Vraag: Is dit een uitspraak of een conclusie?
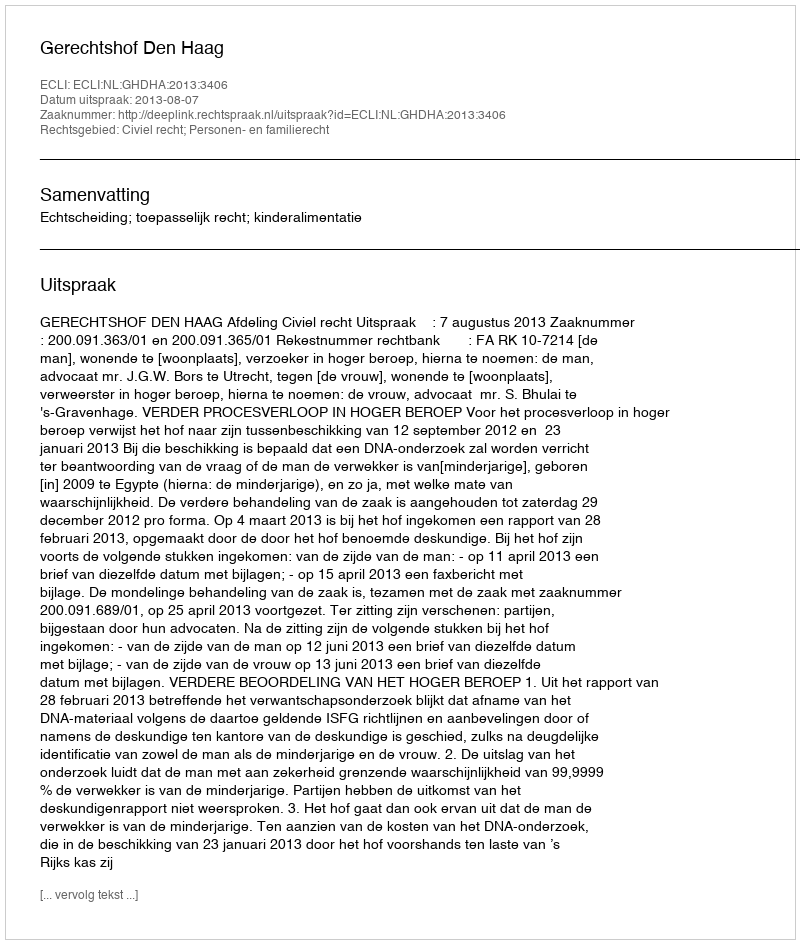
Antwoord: Uitspraak